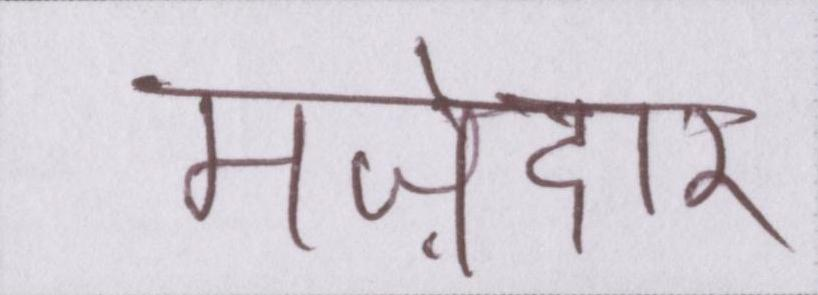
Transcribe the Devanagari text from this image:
मज़ेदार